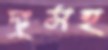
দুঃসহ